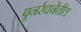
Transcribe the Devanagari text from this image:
पुनर्रचनेतील